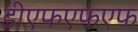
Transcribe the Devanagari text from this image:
डीएफएफएफ